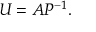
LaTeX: U = A P ^ { - 1 } .